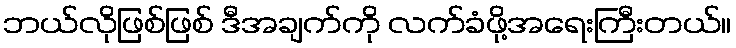
ဘယ်လိုဖြစ်ဖြစ် ဒီအချက်ကို လက်ခံဖို့အရေးကြီးတယ်။